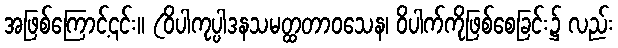
အဖြစ်ကြောင့်၎င်း။ (ဝိပါကုပ္ပါဒနသမတ္ထတာဝသေန၊ ဝိပါက်ကိုဖြစ်စေခြင်း၌ လည်း